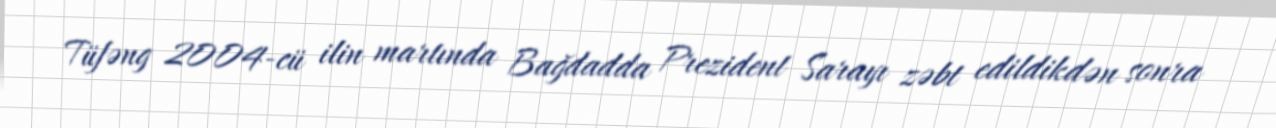
Tüfəng 2004-cü ilin martında Bağdadda Prezident Sarayı zəbt edildikdən sonra